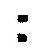
: